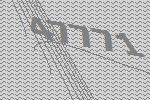
47771